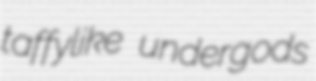
taffylike undergods